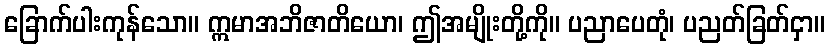
ခြောက်ပါးကုန်သော။ ဣမာအဘိဇာတိယော၊ ဤအမျိုးတို့ကို။ ပညာပေတုံ၊ ပညတ်ခြတ်ငှာ။